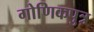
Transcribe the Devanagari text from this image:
गोणिकपुत्र